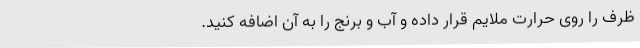
ظرف را روی حرارت ملایم قرار داده و آب و برنج را به آن اضافه کنید.